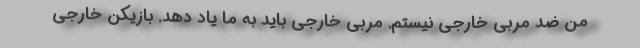
من ضد مربی خارجی نیستم. مربی خارجی باید به ما یاد دهد. بازیکن خارجی